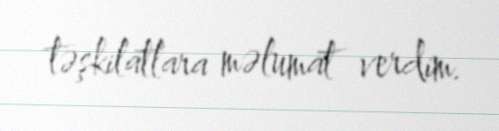
təşkilatlara məlumat verdim.